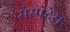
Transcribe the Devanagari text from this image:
सेस्पेदेस